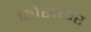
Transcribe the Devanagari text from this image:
फोराकर